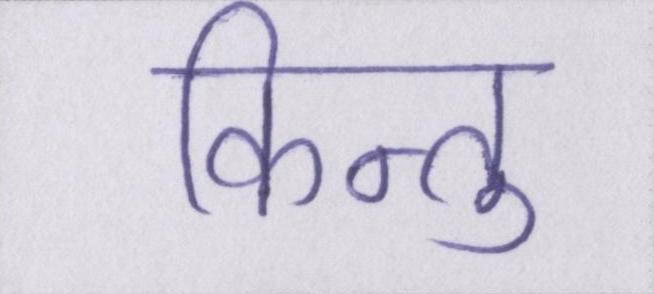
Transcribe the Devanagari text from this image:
किन्तु